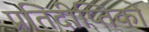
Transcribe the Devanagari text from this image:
प्रतिदीप्तिकों